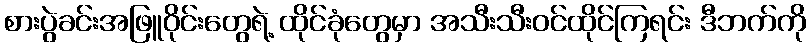
စားပွဲခင်းအဖြူဝိုင်းတွေရဲ့ ထိုင်ခုံတွေမှာ အသီးသီးဝင်ထိုင်ကြရင်း ဒီဘက်ကို